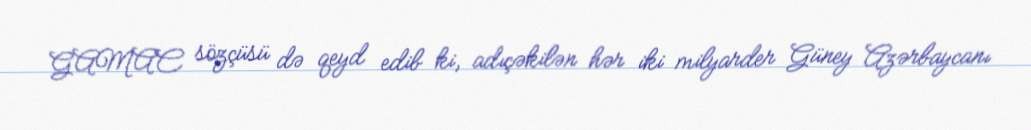
GAMAC sözçüsü də qeyd edib ki, adıçəkilən hər iki milyarder Güney Azərbaycanı